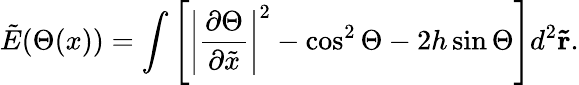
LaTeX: \tilde{E}(\Theta(x))=\int\left[\left|\frac{\partial\Theta}{\partial\tilde{x}}\right|^{2}-\cos^{2}\Theta-2h\sin\Theta\right]d^{2}\mathbf{\tilde{r}}.